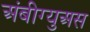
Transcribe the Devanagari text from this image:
अंबीग्युअस